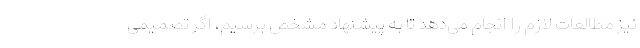
نیز مطالعات لازم را انجام می‌دهد تا به پیشنهاد مشخص برسیم، اگر تصمیمی